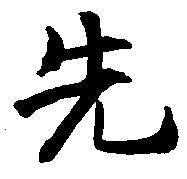
先